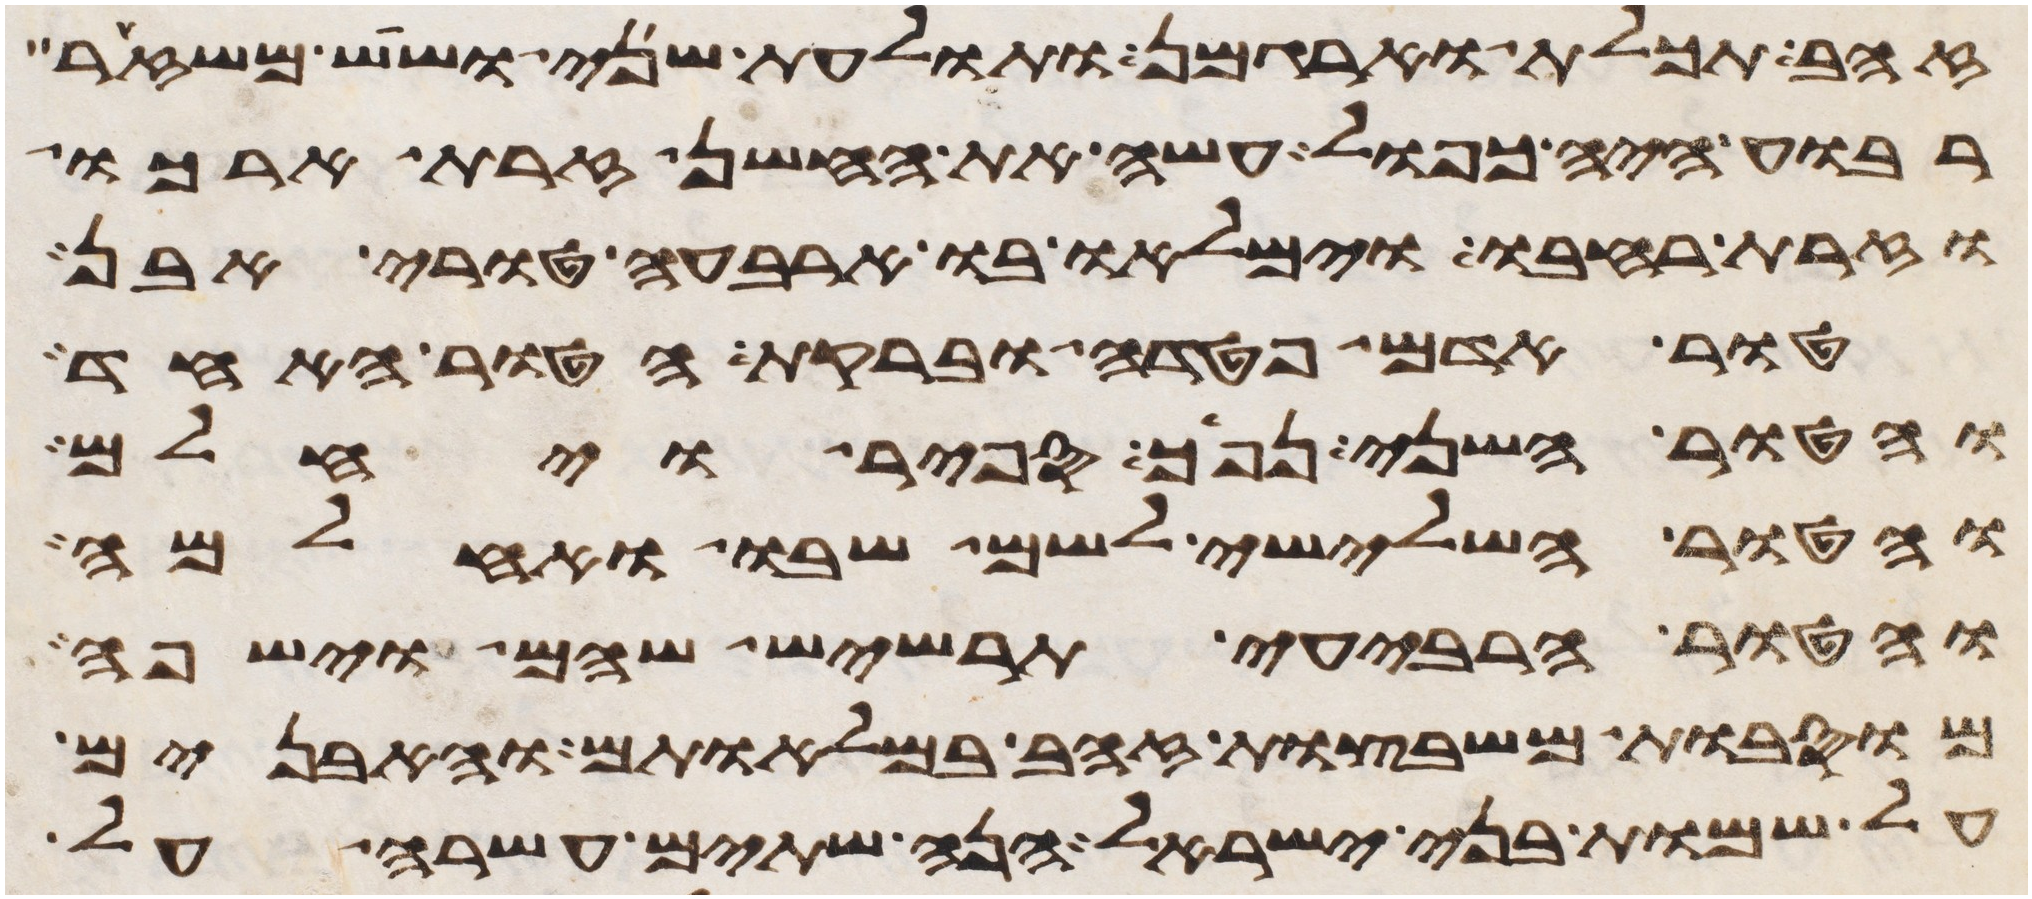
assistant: זהב תכלת וארגמן ותולעת שני ושש משזר
רבוע היה כפול עשה את החשן זרת ארכו
וזרת רחבו וימלאו בו ארבעה טורי אבן
טור אדם פטדה וברקת הטור האחד
והטור השני נפך ספיר ויחלם
והטור השלישי לשם שבו ואחלמה
והטור הרביעי תרשיש שהם וישפה
מוסבות משבצות זהב במלאותם והאבנים
על שמות בני ישראל הנה שתים עשרה על